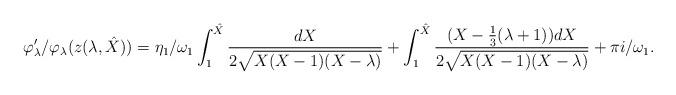
LaTeX: \begin{align*}\varphi_\lambda'/\varphi_\lambda(z(\lambda,\hat{X})) & = \eta_1/\omega_1\int_1^{\hat{X}}\frac{dX}{2\sqrt{X(X-1)(X-\lambda)}} +\int_{1}^{\hat{X}}\frac{(X-\frac13(\lambda+1))dX}{2\sqrt{X(X-1)(X-\lambda)}} +\pi i/\omega_1.\end{align*}